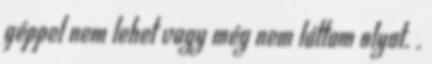
géppel nem lehet vagy még nem láttam olyat. .